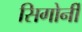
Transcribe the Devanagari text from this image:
सिगोर्नी